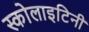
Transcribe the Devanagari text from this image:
स्कोलाइटिनी